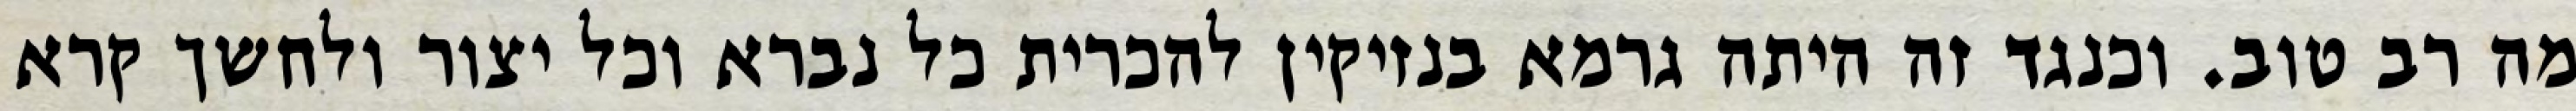
מה רב טוב. וכנגד זה היתה גרמא בנזיקין להכרית כל נברא וכל יצור ולחשך קרא